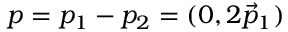
p = p _ { 1 } - p _ { 2 } = ( 0 , 2 \vec { p } _ { 1 } )